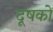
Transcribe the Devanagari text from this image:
दूषकों